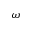
\omega